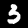
Digit: 3